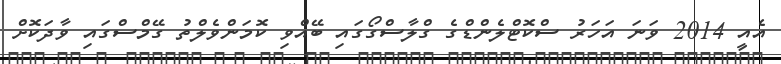
އެއީ 2014 ވަނަ އަހަރު ސްކޮޓްލެންޑްގެ ގްލާސްގޯގައި ބޭއްވި ކޮމަންވެލްތު ގޭމްސްގައި ވާދަކޮށް